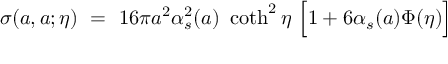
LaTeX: \sigma ( a , a ; \eta ) ~ = ~ 1 6 \pi a ^ { 2 } \alpha _ { s } ^ { 2 } ( a ) ~ \coth ^ { 2 } \eta ~ \Big [ 1 + 6 \alpha _ { s } ( a ) \Phi ( \eta ) \Big ]